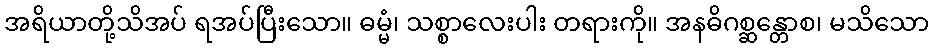
အရိယာတို့သိအပ် ရအပ်ပြီးသော။ ဓမ္မံ၊ သစ္စာလေးပါး တရားကို။ အနဓိဂစ္ဆန္တောစ၊ မသိသော